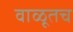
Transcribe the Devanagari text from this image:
वाळूतच